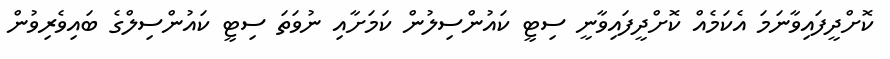
ކޮށްދީފައިވާނަމަ އެކަމެއް ކޮށްދީފައިވާނީ ސިޓީ ކައުންސިލުން ކަމަށާއި ނުވަތަ ސިޓީ ކައުންސިލްގެ ބައިވެރިވުން